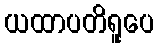
ယထာပတိရူပေ